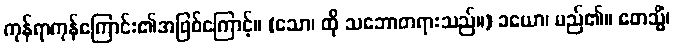
ကုန်ရာကုန်ကြောင်း၏အဖြစ်ကြောင့်။ (သော၊ ထို သဘောတရားသည်။) ခယော၊ မည်၏။ ဧတသ္မိံ၊